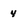
Character: 4